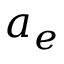
a _ { e }